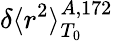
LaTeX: \delta\langle r^{2}\rangle_{T_{0}}^{A,172}